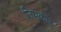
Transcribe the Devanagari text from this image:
ज़िपकोड